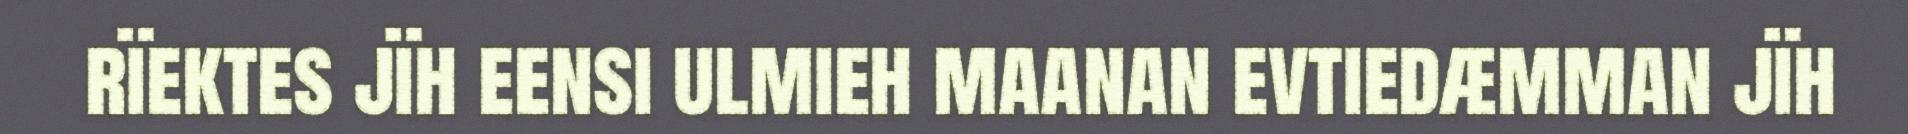
rïektes jïh eensi ulmieh maanan evtiedæmman jïh